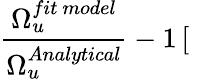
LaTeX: \frac{\Omega_{u}^{fit\ model}}{\Omega_{u}^{Analytical}}-1\, [\